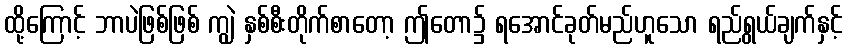
ထို့ကြောင့် ဘာပဲဖြစ်ဖြစ် ကျွဲ နှစ်စီးတိုက်စာတော့ ဤတော၌ ရအောင်ခုတ်မည်ဟူသော ရည်ရွယ်ချက်နှင့်